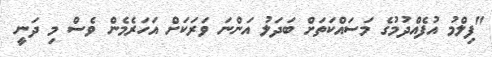
"ފިލްމު އުފެއްދުމުގެ މަސައްކަތަށް ބަދަލު އަންނަ ވަރަކަށް އަހަރެމެން ވެސް މި ދަނީ